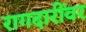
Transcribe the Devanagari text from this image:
रागदारींवर